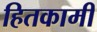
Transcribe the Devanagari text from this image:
हितकामी